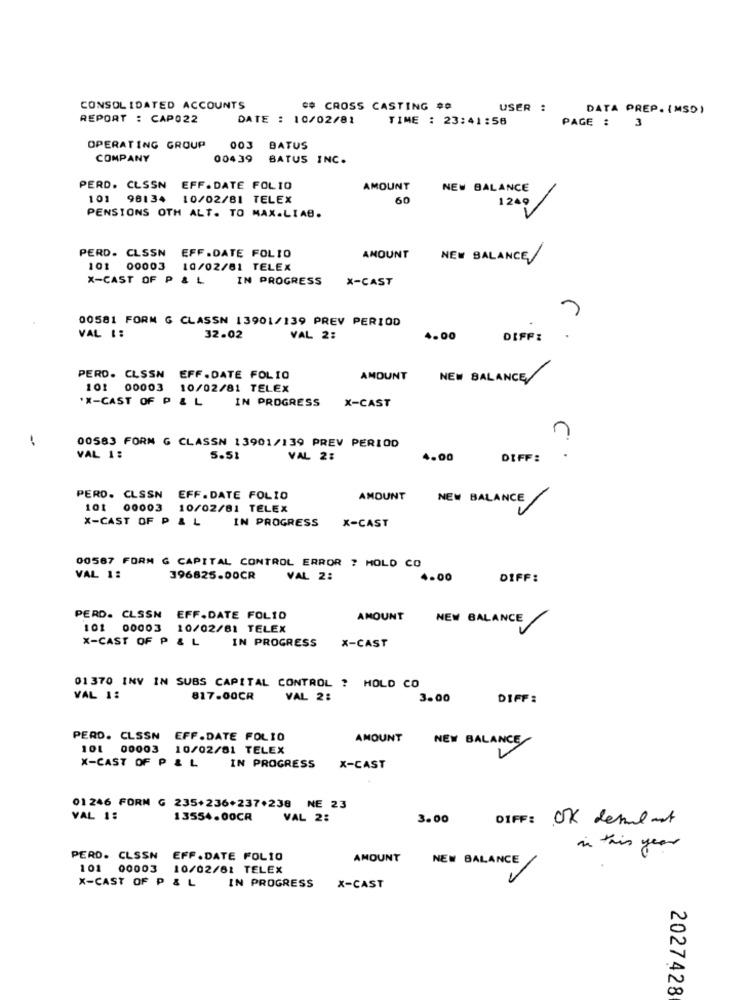
CONSOLIDATED ACCOUNTS
## CROSS CASTING ##
USER :
DATA PREP. IMSO)
REPORT : CAP022
DATE : 10/02/81
TIME : 23:41:58
PAGE :
3
OPERATING GROUP
003 BATUS
COMPANY
00439
BATUS INC.
PERD. CLSSN EFF. DATE FOLIO
AMOUNT
NEW BALANCE
101 98134 10/02/81 TELEX
60
1249
PENSIONS OTH ALT. TO MAX.LIAB.
PERD. CLSSN
EFF .DATE FOLIO
AMOUNT
NEW BALANCE
101 00003
10/02/81 TELEX
X-CAST OF P & L
IN PROGRESS
X-CAST
00581 FORM G CLASSN 13901/139 PREV PERIOD
VAL ::
32.02
VAL 2:
4.00
DIFFI
PERD. CLSSN EFF.DATE FOLIO
AMOUNT
NEW BALANCE
101 00003 10/02/81 TELEX
'X-CAST OF P & L
IN PROGRESS
X-CAST
-
00583 FORN G CLASSN 13901/139 PREV PERIOD
VAL 1:
5.51
VAL 2:
4.00
DIFF:
PERO. CLSSN EFF. DATE FOLIO
AMOUNT
NEW BALANCE
101 00003 10/02/81 TELEX
X-CAST OF P & L
IN PROGRESS
X-CAST
00567 FORM G CAPITAL CONTROL ERROR ? HOLD CO
VAL 1:
396825.00CR
VAL 2:
4.00
DIFF:
PERD. CLSSN EFF.DATE FOL10
AMOUNT
NEW BALANCE/
101 00003 10/02/81 TELEX
X-CAST OF P & L
IN PROGRESS
X-CAST
01370 INV IN SUBS CAPITAL CONTROL ? HOLD CO
VAL 1:
817.00CR
VAL 2:
3.00
DIFF:
PERD. CLSSN EFF.DATE FOLIO
AMOUNT
NEW BALANCE
101 00003 10/02/81 TELEX
X-CAST OF P & L
IN PROGRESS
X-CAST
01246 FORM G 235+236+237+238 NE 23
VAL 1:
13554.00CR
VAL 2:
3.00 DIFF: OK demul ant
in this year
PERD. CLSSN EFF.DATE FOL10
AMOUNT
NEW BALANCE
101 00003 10/02/61 TELEX
IN PROGRESS
X-CAST OF P & L
X-CAST
A
00
2027428